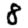
Digit: 8